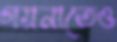
গয়নাতেও